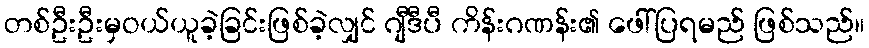
တစ်ဦးဦးမှဝယ်ယူခဲ့ခြင်းဖြစ်ခဲ့လျှင် ဂျီဒီပီ ကိန်းဂဏန်း၏ ဖေါ်ပြရမည် ဖြစ်သည်။